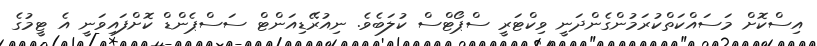
އިސްކޮށް މަސައްކަތްކުރަމުންގެންދަނީ ވިކްޓަރީ ސްޕޯޓްސް ކުލަބެވެ. ނިއުރޭޑިއަންޓް ސަސްޕެންޑް ކޮށްފައިވަނީ އެ ޓީމުގެ